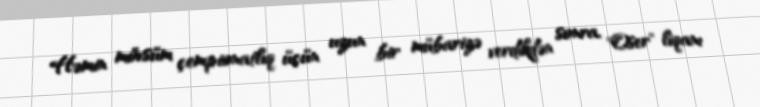
Həmin mövsüm çempionatlıq üçün uzun bir mübarizə verdikdən sonra, "Oser" liqanı